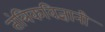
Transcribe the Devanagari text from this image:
तंत्रिकविज्ञानी